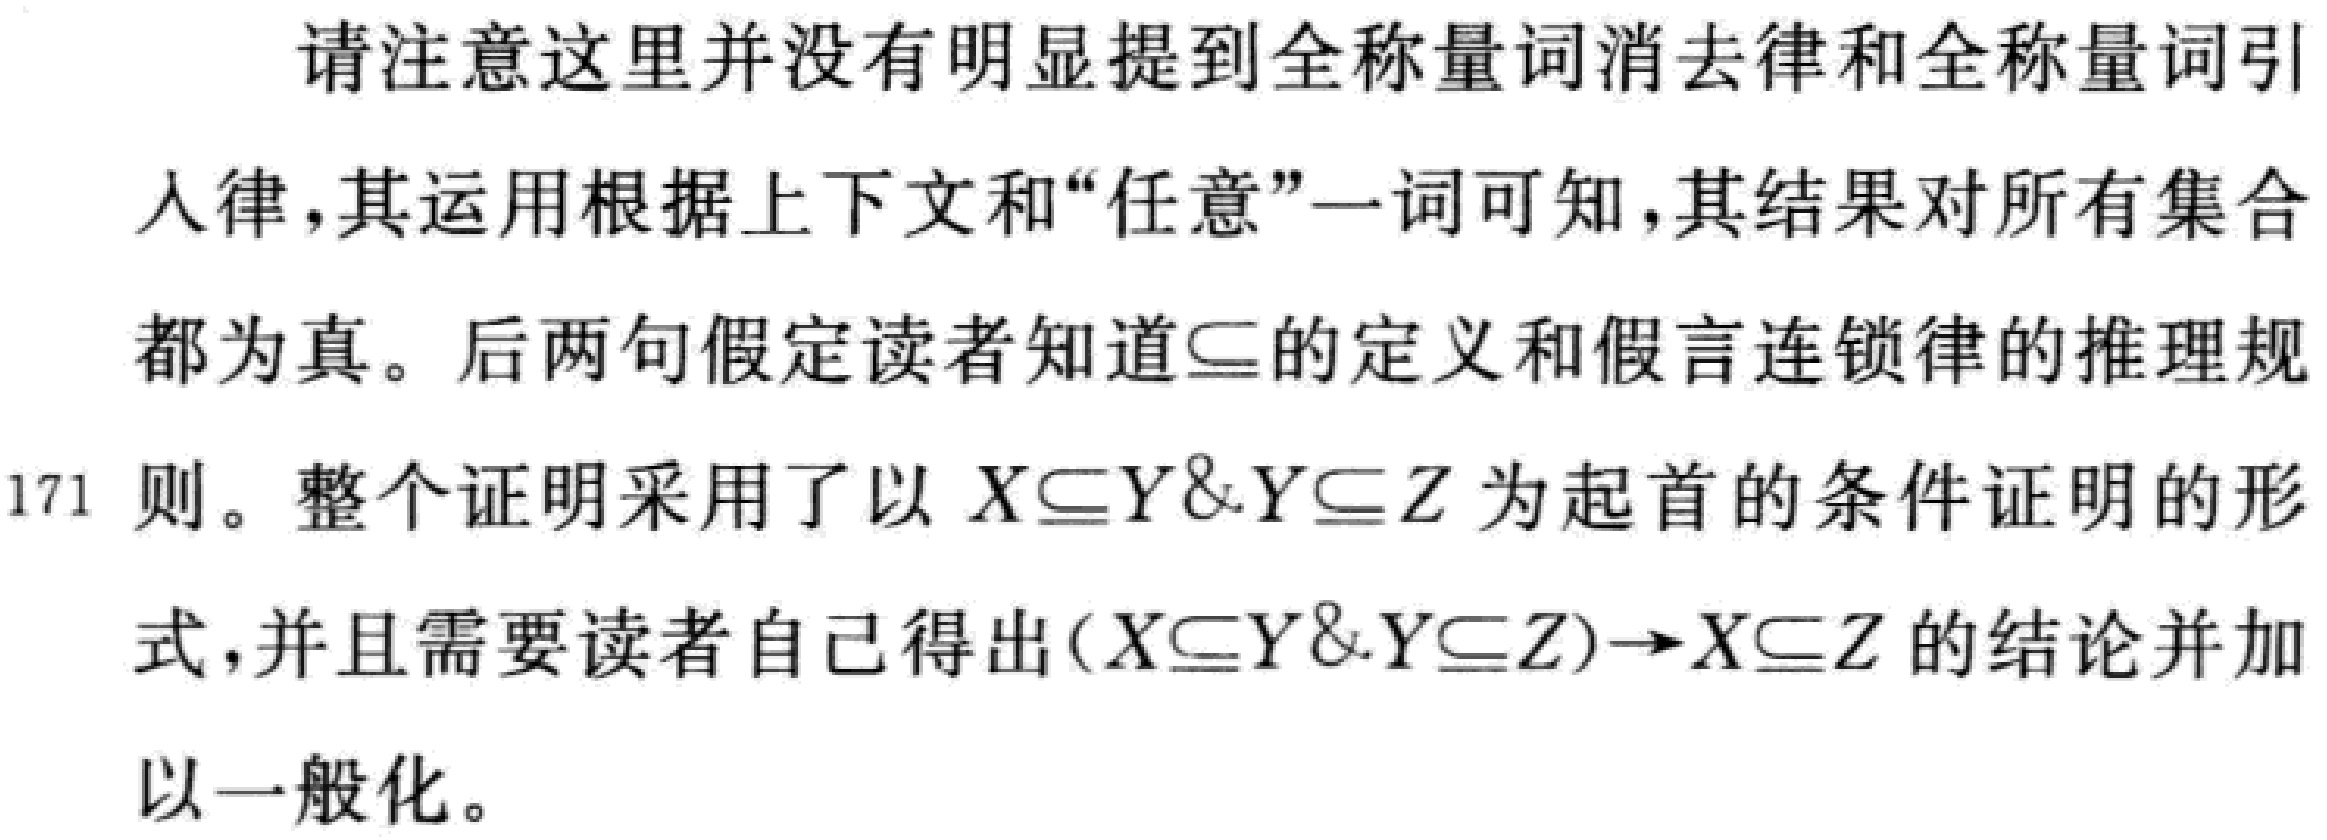
请注意这里并没有明显提到全称量词消去律和全称量词引入律, 其运用根据上下文和“任意”一词可知, 其结果对所有集合都为真。后两句假定读者知道$\subseteq$的定义和假言连锁律的推理规则。整个证明采用了以 \(X\subseteq Y\& Y\subseteq Z\) 为起首的条件证明的形式, 并且需要读者自己得出\((X\subseteq Y\& Y\subseteq Z)\to X\subseteq Z\) 的结论并加以一般化。